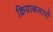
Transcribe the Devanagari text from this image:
क्रियाकलापोँ